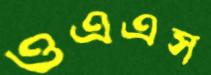
ওএএস